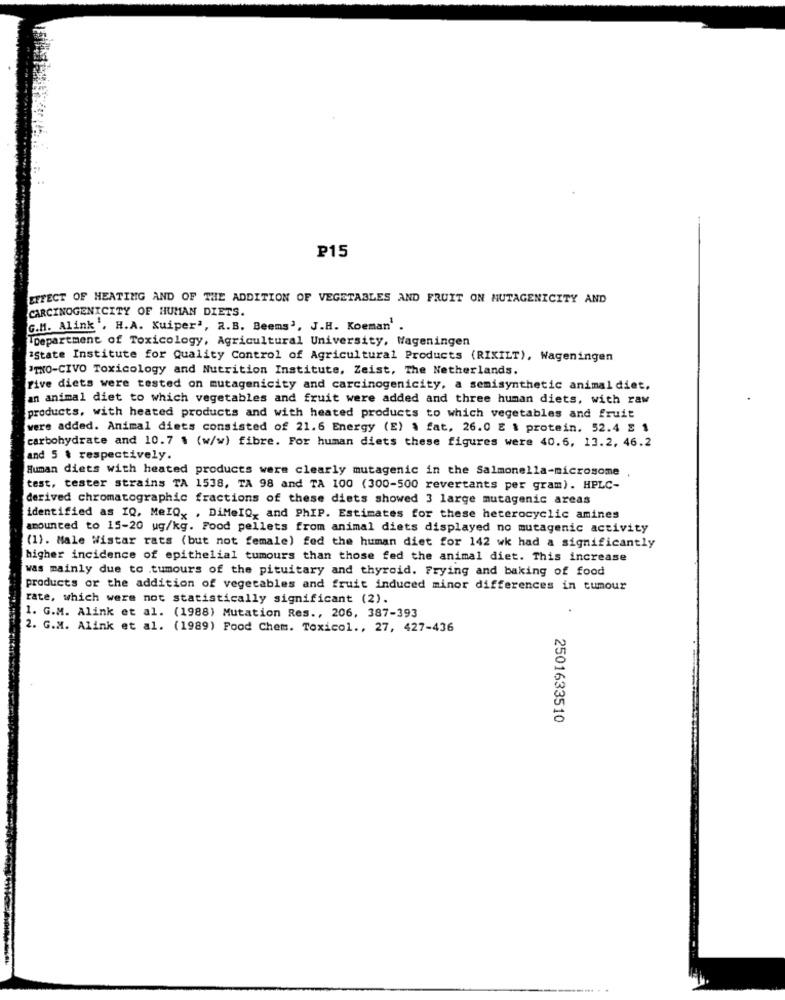
P15
EFFECT OF HEATING AND OF THE ADDITION OF VEGETABLES AND FRUIT ON MUTAGENICITY AND
CARCINOGENICITY OF HUMAN DIETS.
G.M. Alink'. H.A. Kuiper", R.B. Beens', J.H. Koeman'
Department of Toxicology, Agricultural University, Mageningen
"State Institute for Quality Control of Agricultural Products (RIXILT), Wageningen
"THO-CIVO Toxicology and Nutrition Institute, Zeist, The Netherlands.
Five diets were tested on mutagenicity and carcinogenicity, a semisynthetic animal diet.
an animal diet to which vegetables and fruit were added and three human diets, with raw
products, with heated products and with heated products to which vegetables and fruit
were added. Animal diets consisted of 21.6 Energy (E) & fat, 26.0 E & protein. 52.4 E 1
carbohydrate and 10.7 $ (w/w) fibre. For human diets these figures were 40.6, 13.2, 46.2
and 5 % respectively.
Human diets with heated products wers clearly mutagenic in the Salmonella-microsome
test, tester strains TA 1538, TA 98 and TA 100 (300-500 revertants per gram). HPLC-
derived chromatographic fractions of these diets showed 3 large mutagenic areas
identified as IQ, MelQx , DiMeIQ, and PhIP. Estimates for these heterocyclic amines
amounted to 15-20 ug/kg. Food pellets from animal diets displayed no mutagenic activity
(1). Male Wistar rats (but not female) fed the human diet for 142 wk had a significantly
higher incidence of epithelial tumours than those fed the animal diet. This increase
was mainly due to tumours of the pituitary and thyroid. Frying and baking of food
products or the addition of vegetables and fruit induced minor differences in tumour
rate, which were not statistically significant (2).
1. G.M. Alink et al. (1988) Mutation Res ., 206, 387-393
2. G.M. Alink et al. (1989) Food Chem. Toxicol ., 27, 427-436
2501633510